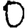
Digit: 0